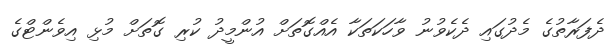
ދެފަރާތުގެ މެދުގައި ދެކެވުނު ވާހަކަތަކާ އެއްގޮތަށް އުންމީދު ކުރި ގޮތަށް މުޅި އިވެންޓްގެ